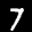
Label: 7